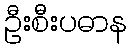
ဦးစီးပဓာန